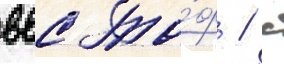
ввс то́ф / с